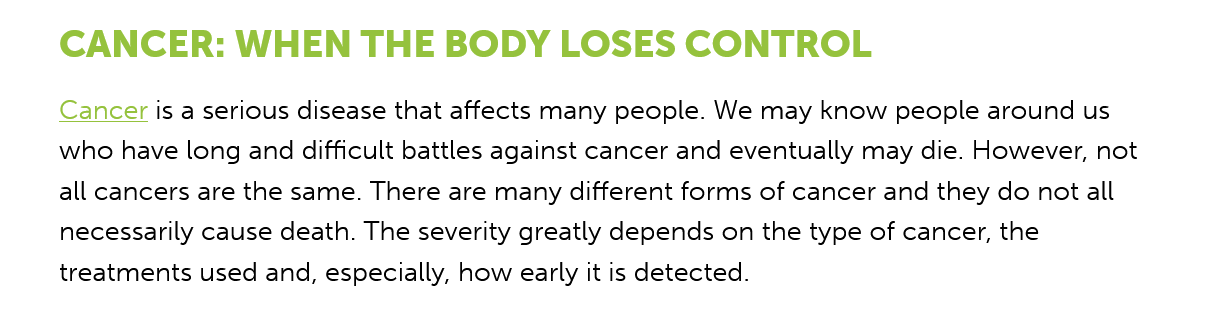
CANCER:    WHEN    THE   BODY    LOSES    CONTROL
     Cancer is a serious disease that affects many people. We may know people around us
     who have long and difficult battles against cancer and eventually may die. However, not
     all cancers are the same. There are many different forms of cancer and they do not all
     necessarily cause death. The severity greatly depends on the type of cancer, the
     treatments used and, especially, how early it is detected.